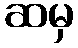
ဆမှ